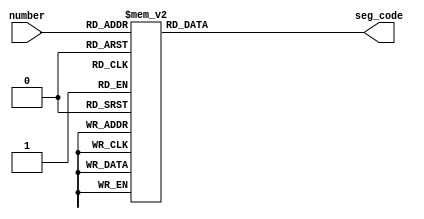
module led(
	input wire [3:0]number,
	output reg [7:0]seg_code
);
//led
//seg_code:ca,cb,cc,cd,ce,cf,cg,dp
	always @(*)begin
		case(number)
			4'd0:seg_code=8'b00000011;
			4'd1:seg_code=8'b10011111;
			4'd2:seg_code=8'b00100101;
			4'd3:seg_code=8'b00001101;
			4'd4:seg_code=8'b10011001;
			4'd5:seg_code=8'b01001001;
			4'd6:seg_code=8'b01000001;
			4'd7:seg_code=8'b00011111;
			4'd8:seg_code=8'b00000001;
			4'd9:seg_code=8'b00001001;
			4'd10:seg_code=8'b11111111;//
			4'd15:seg_code=8'b01110001;//f
			default:seg_code=8'b00000011;
		endcase
	end

endmodule